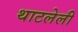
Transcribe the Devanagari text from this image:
थाटलेली